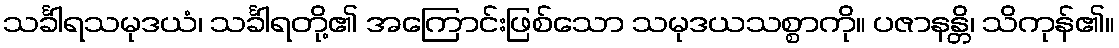
သင်္ခါရသမုဒယံ၊ သင်္ခါရတို့၏ အကြောင်းဖြစ်သော သမုဒယသစ္စာကို။ ပဇာနန္တိ၊ သိကုန်၏။